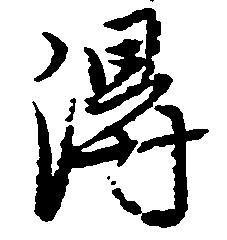
得